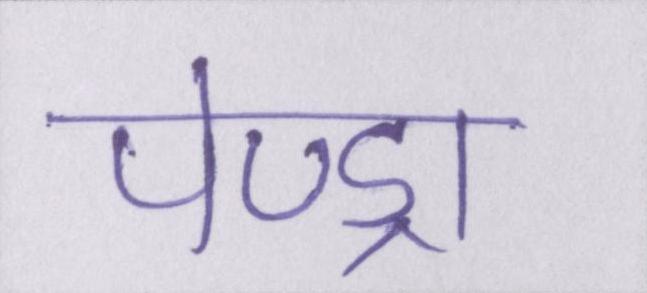
पेण्ड्रा